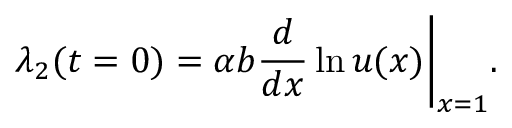
\lambda _ { 2 } ( t = 0 ) = \alpha b { \frac { d } { d x } } \ln u ( x ) \bigg | _ { x = 1 } .